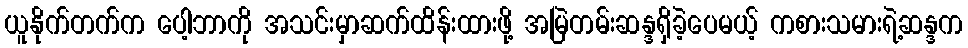
ယူနိုက်တက်က ပေါ့ဘာကို အသင်းမှာဆက်ထိန်းထားဖို့ အမြဲတမ်းဆန္ဒရှိခဲ့ပေမယ့် ကစားသမားရဲ့ဆန္ဒက